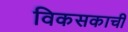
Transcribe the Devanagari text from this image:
विकसकाची